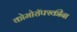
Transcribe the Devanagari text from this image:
कोमोरॉफ्स्कीना